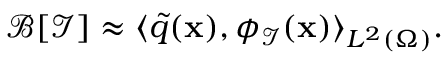
\mathcal { B } [ \mathcal { I } ] \approx \langle \tilde { q } ( \mathbf { x } ) , \phi _ { \mathcal { I } } ( \mathbf { x } ) \rangle _ { L ^ { 2 } ( \Omega ) } .